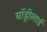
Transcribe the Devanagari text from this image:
बॉड्रीलार्ड